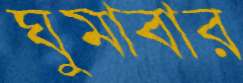
ঘুমাবার